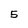
Character: 5